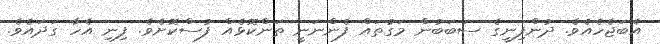
އެބަޖެހެއެވެ. ދުންފިނީގެ ސަބަބުން މަގުތައް ފެންނަނީ ތަންކޮޅެއް ފުސްކޮށެވެ. ފިނި އެހާ ގަދައެވެ.